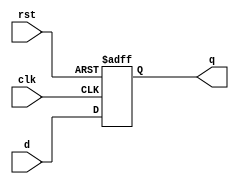

module d_ff2 (input clk, rst, d, output reg q);

always @(posedge clk or posedge rst) begin
    if (rst)
    //LSB = 1 for 1-Hot Encoding
    q <= 1'b1;
    else
    q <= d;
end
    
endmodule